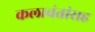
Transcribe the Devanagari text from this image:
कलावंतांसह